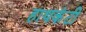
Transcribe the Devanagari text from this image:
हाथकंटी